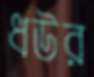
ধউর